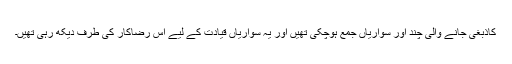
کاذبغی جانے والی چند اور سواریاں جمع ہوچکی تھیں اور یہ سواریاں قیادت کے لیے اس رضاکار کی طرف دیکھ رہی تھیں۔